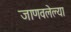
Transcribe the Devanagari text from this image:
जाणवलेल्या